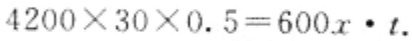
\(4200\times30\times0.5 = 600x\cdot t.\)